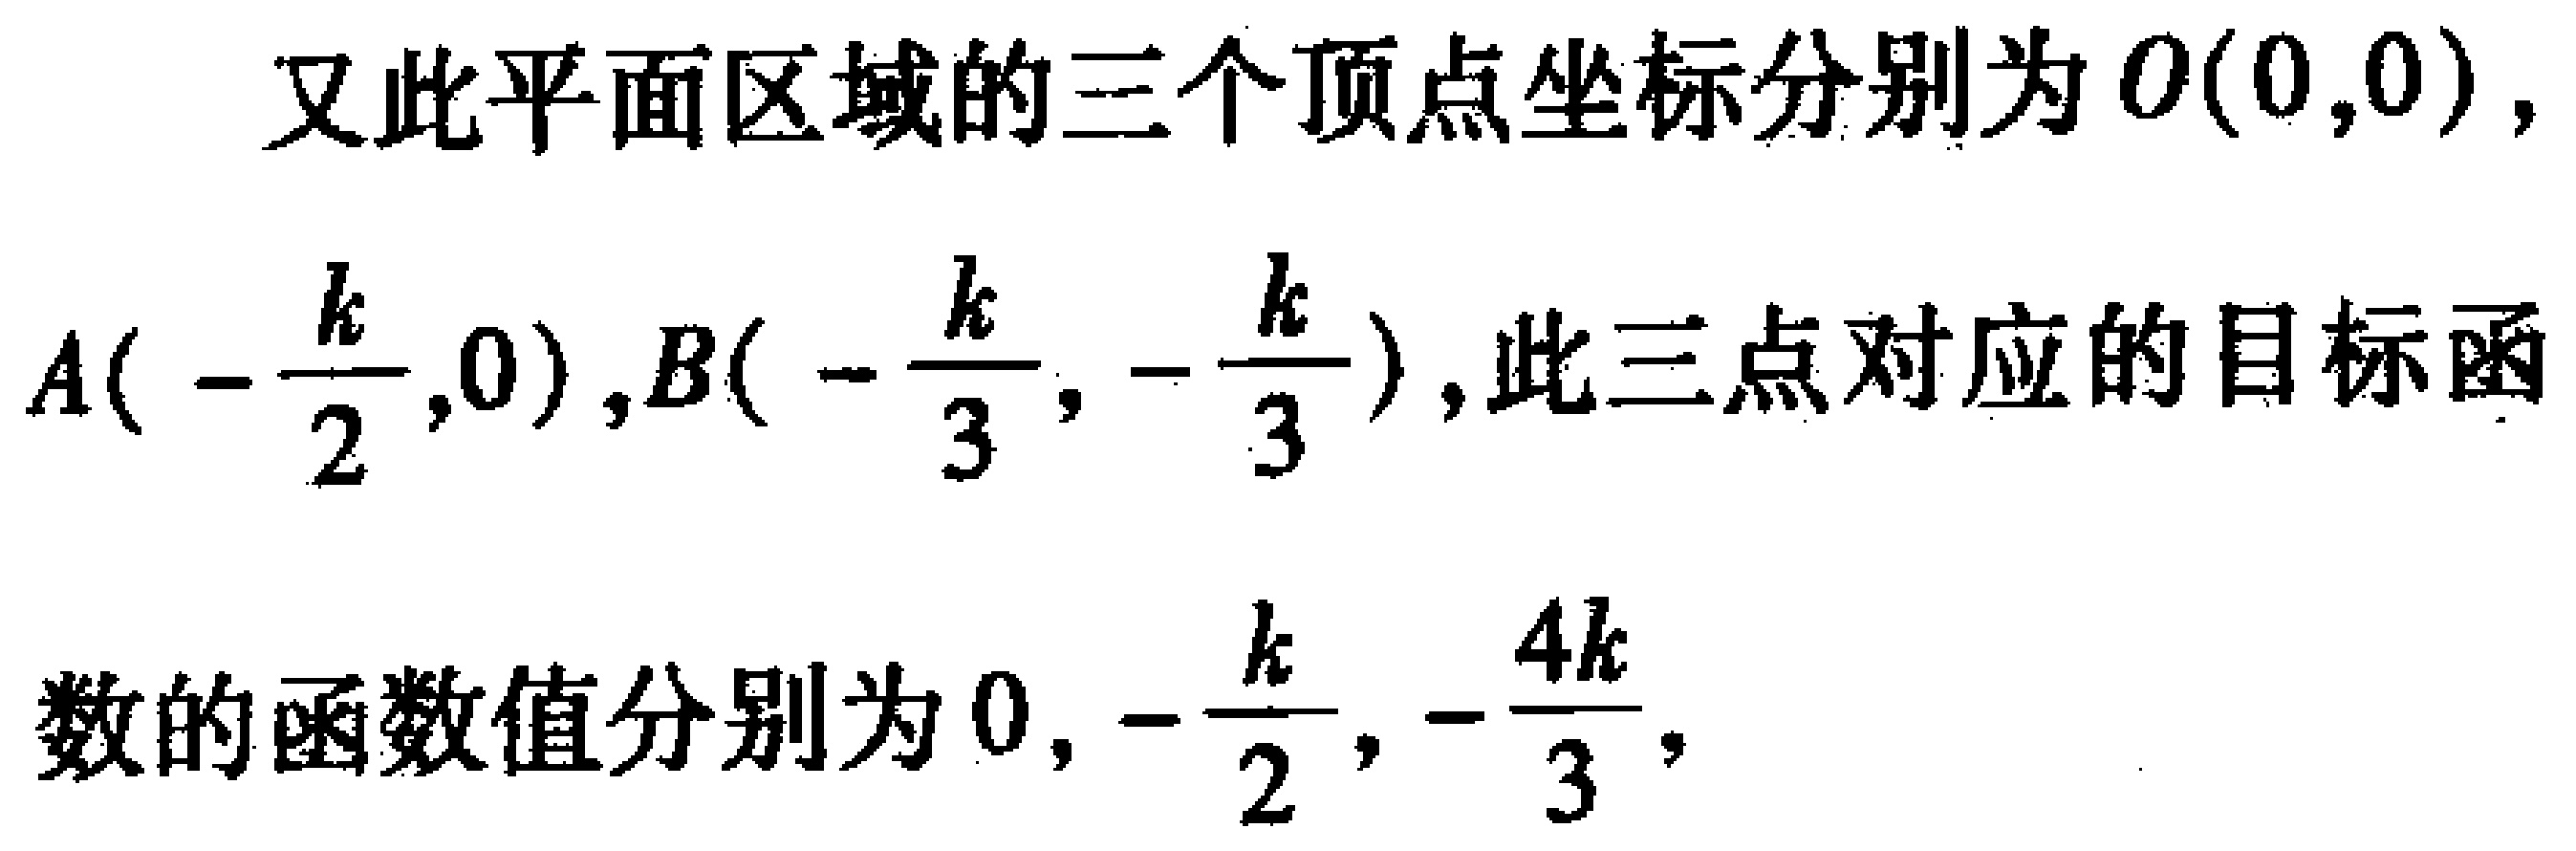
又此平面区域的三个顶点坐标分别为\(O(0,0)\)，

\(A(-\frac{k}{2},0)\)，\(B(-\frac{k}{3},-\frac{k}{3})\)，此三点对应的目标函

数的函数值分别为\(0,-\frac{k}{2},-\frac{4k}{3}\)，